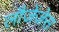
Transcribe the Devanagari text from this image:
लौजेंजेस